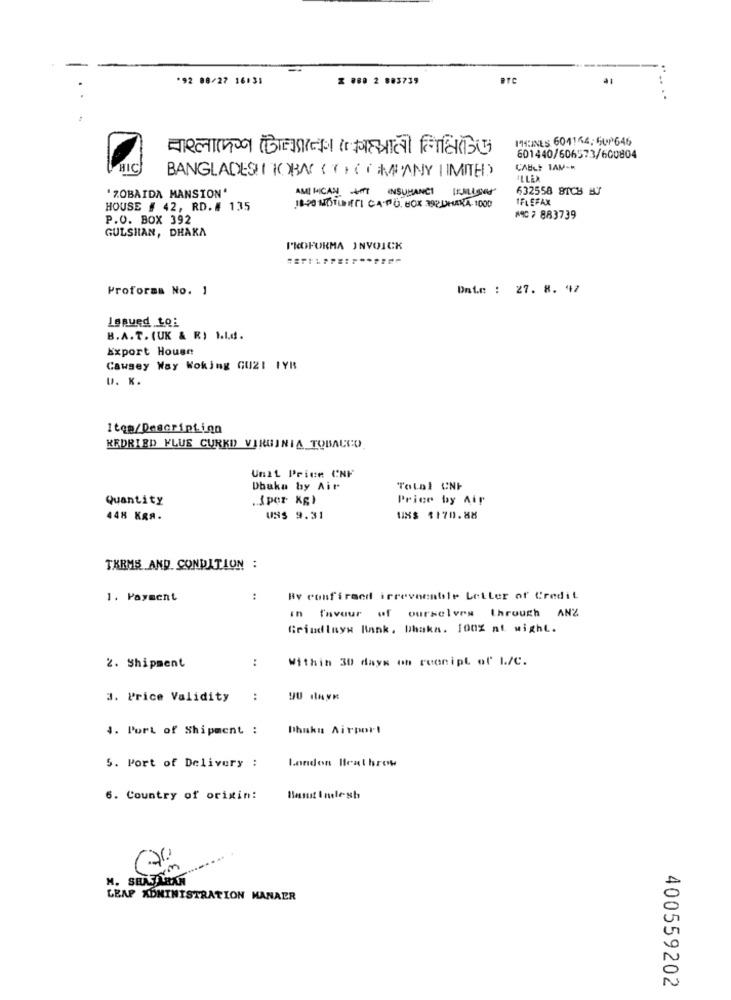
*92 08/27 16131
Z #80 2 883739
PHEINES 604154. 5UP646
601440/606573/600804
HIC
CABLE TAM-
BANGLADESH TOBACCO COMPANY LIMITED
JELEX
AM MICAN IT INSURANCE IKMILIONE
632558 8TCH B
'ZOBAIDA MANSION'
IFLSFAX
HOUSE # 42, RD. # 135
1820 MOTIREI CA.PO. BOX MEDHARA 1000
P.O. BOX 392
#907883739
GULSHAN, DHAKA
PROFORMA JNVOICK
Proforma No. 1
Date : 27. 8. 42
Issued to:
B.A.T. (UK & R) b.L.d.
Export House
Cawsey Way Woking GUZI IYB
U. K.
Itop/Description
KEDRIED PLUS CURKD VIRGINIA TOBACCO
Unit Price CNF
Dhaka by Air
Total CNF
Quantity
.{per Kg)
Price by Air
448 KRA.
US$ 9.31
US$ $170.88
TERMS AND CONDITION :
1. Payment
:
By confirmed irrevocable Letter of Credit
in favour of ourselves through ANZ
Grindinys Bank, Dhaka. 100% at wight.
2. Shipment
:
Within 30 days on reonipt of L/C.
3. Price Validity
:
4. Port of Shipment :
Dhakn Airport
5. Port of Delivery :
London Heathrow
6. Country of origin:
LEAP ADMINISTRATION MANAER
400559202